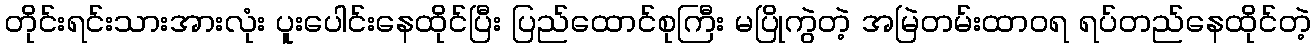
တိုင်းရင်းသားအားလုံး ပူးပေါင်းနေထိုင်ပြီး ပြည်ထောင်စုကြီး မပြိုကွဲတဲ့ အမြဲတမ်းထာဝရ ရပ်တည်နေထိုင်တဲ့